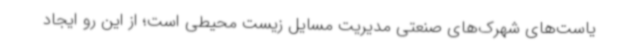
یاست‌های شهرک‌های صنعتی مدیریت مسایل زیست محیطی است؛ از این رو ایجاد